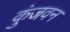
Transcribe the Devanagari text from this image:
कुंजवन